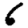
Digit: 6